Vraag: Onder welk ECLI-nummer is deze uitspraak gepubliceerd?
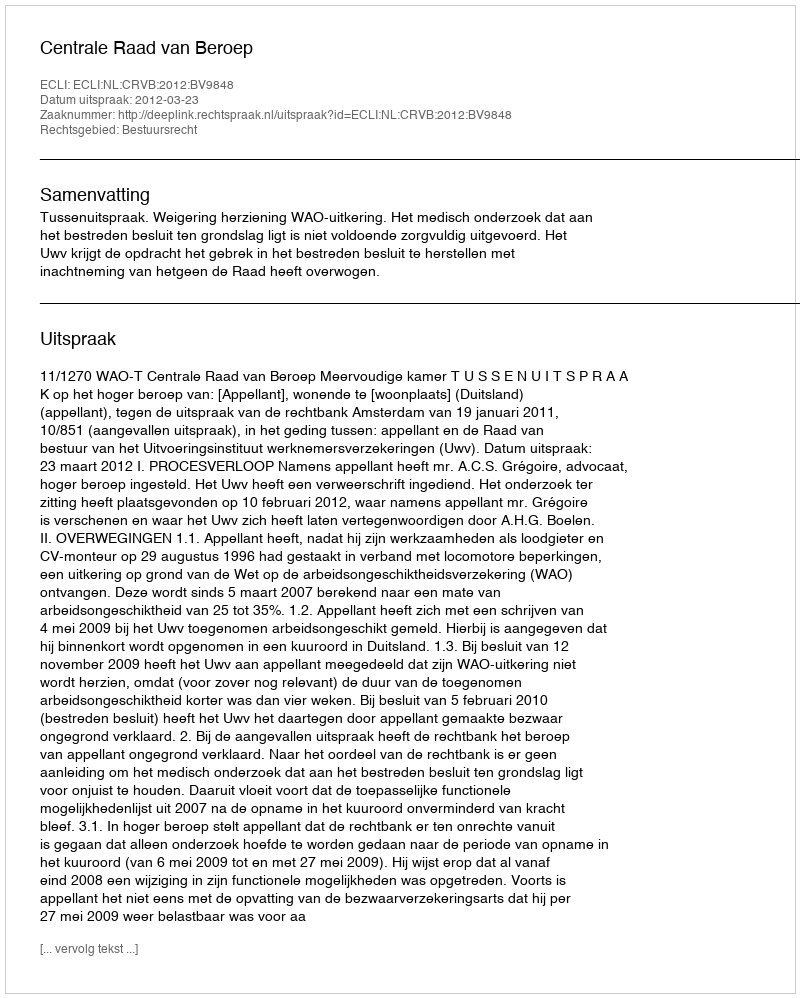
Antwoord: ECLI:NL:CRVB:2012:BV9848